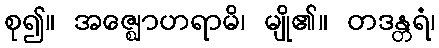
စု၍။ အဇ္ဈောဟရာမိ၊ မျို၏။ တဒန္တရံ၊